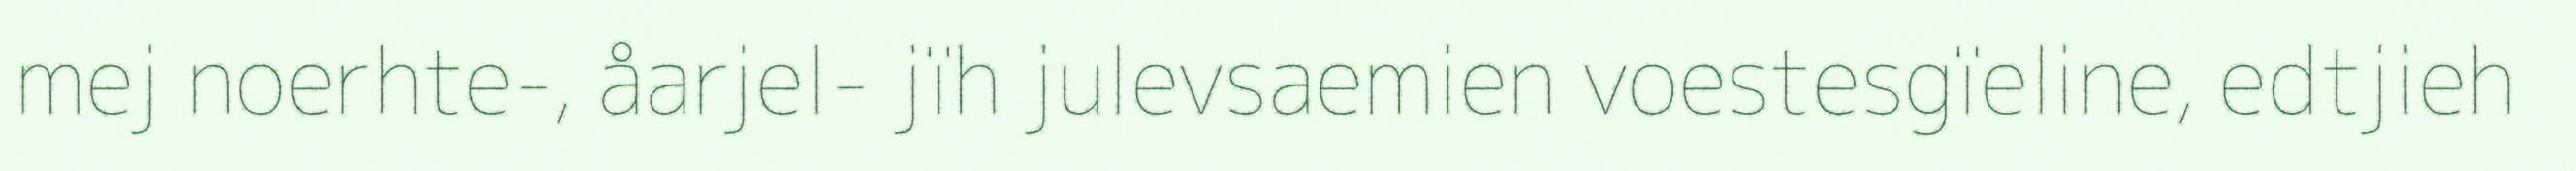
mej noerhte-, åarjel- jïh julevsaemien voestesgïeline, edtjieh